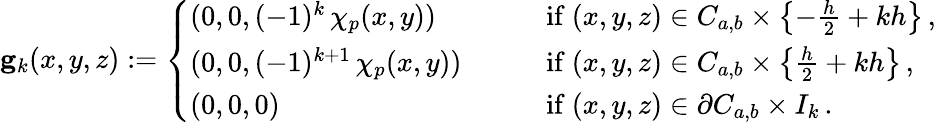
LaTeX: {\mathbf g}_{k}(x,y,z):=\left\{ \begin{array}{ll}{(0,0,(-1)^{k}\, \chi_{p}(x,y))}&{\qquad\mathrm{if~}(x,y,z)\in C_{a,b}\times\left\{ -\frac h2+kh\right\} \, ,}\\ {(0,0,(-1)^{k+1}\, \chi_{p}(x,y))}&{\qquad\mathrm{if~}(x,y,z)\in C_{a,b}\times\left\{ \frac h2+kh\right\} \, ,}\\ {(0,0,0)}&{\qquad\mathrm{if~}(x,y,z)\in\partial C_{a,b}\times I_{k}\, .}\end{array}\right.